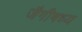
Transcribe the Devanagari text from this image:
जैगीषध्य